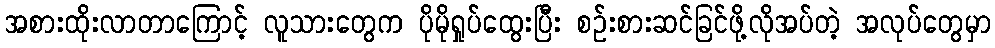
အစားထိုးလာတာကြောင့် လူသားတွေက ပိုမိုရှုပ်ထွေးပြီး စဥ်းစားဆင်ခြင်ဖို့လိုအပ်တဲ့ အလုပ်တွေမှာ